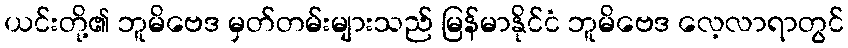
ယင်းတို့၏ ဘူမိဗေဒ မှတ်တမ်းများသည် မြန်မာနိုင်ငံ ဘူမိဗေဒ လေ့လာရာတွင်